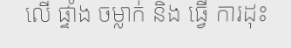
លើ ផ្ទាំង ចម្លាក់ និង ធ្វើ ការដុះ